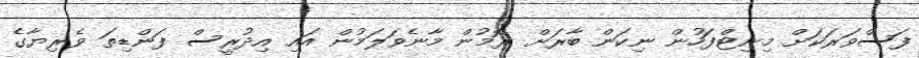
ފަސްވަރަކަށް މިނިޓްފަހުން ނިކަން ބާރަށް ރޮމުން މާނެވަލަމުން އައި އިދުރީސް ފަންޑިތަ ވެރިޔާގެ